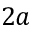
2 a